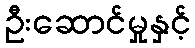
ဦးဆောင်မှုနှင့်